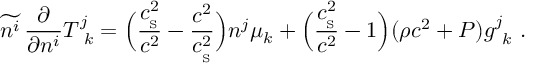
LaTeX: \widetilde { n ^ { i } } \, { \frac { \partial } { \partial n ^ { i } } } T _ { \ k } ^ { j } = \Big ( { \frac { c _ { _ \mathrm { S } } ^ { 2 } } { c ^ { 2 } } } - { \frac { c ^ { 2 } } { c _ { _ \mathrm { S } } ^ { 2 } } } \Big ) n ^ { j } \mu _ { k } + \Big ( { \frac { c _ { _ \mathrm { S } } ^ { 2 } } { c ^ { 2 } } } - 1 \Big ) ( \rho c ^ { 2 } + P ) g _ { \ k } ^ { j } \ .